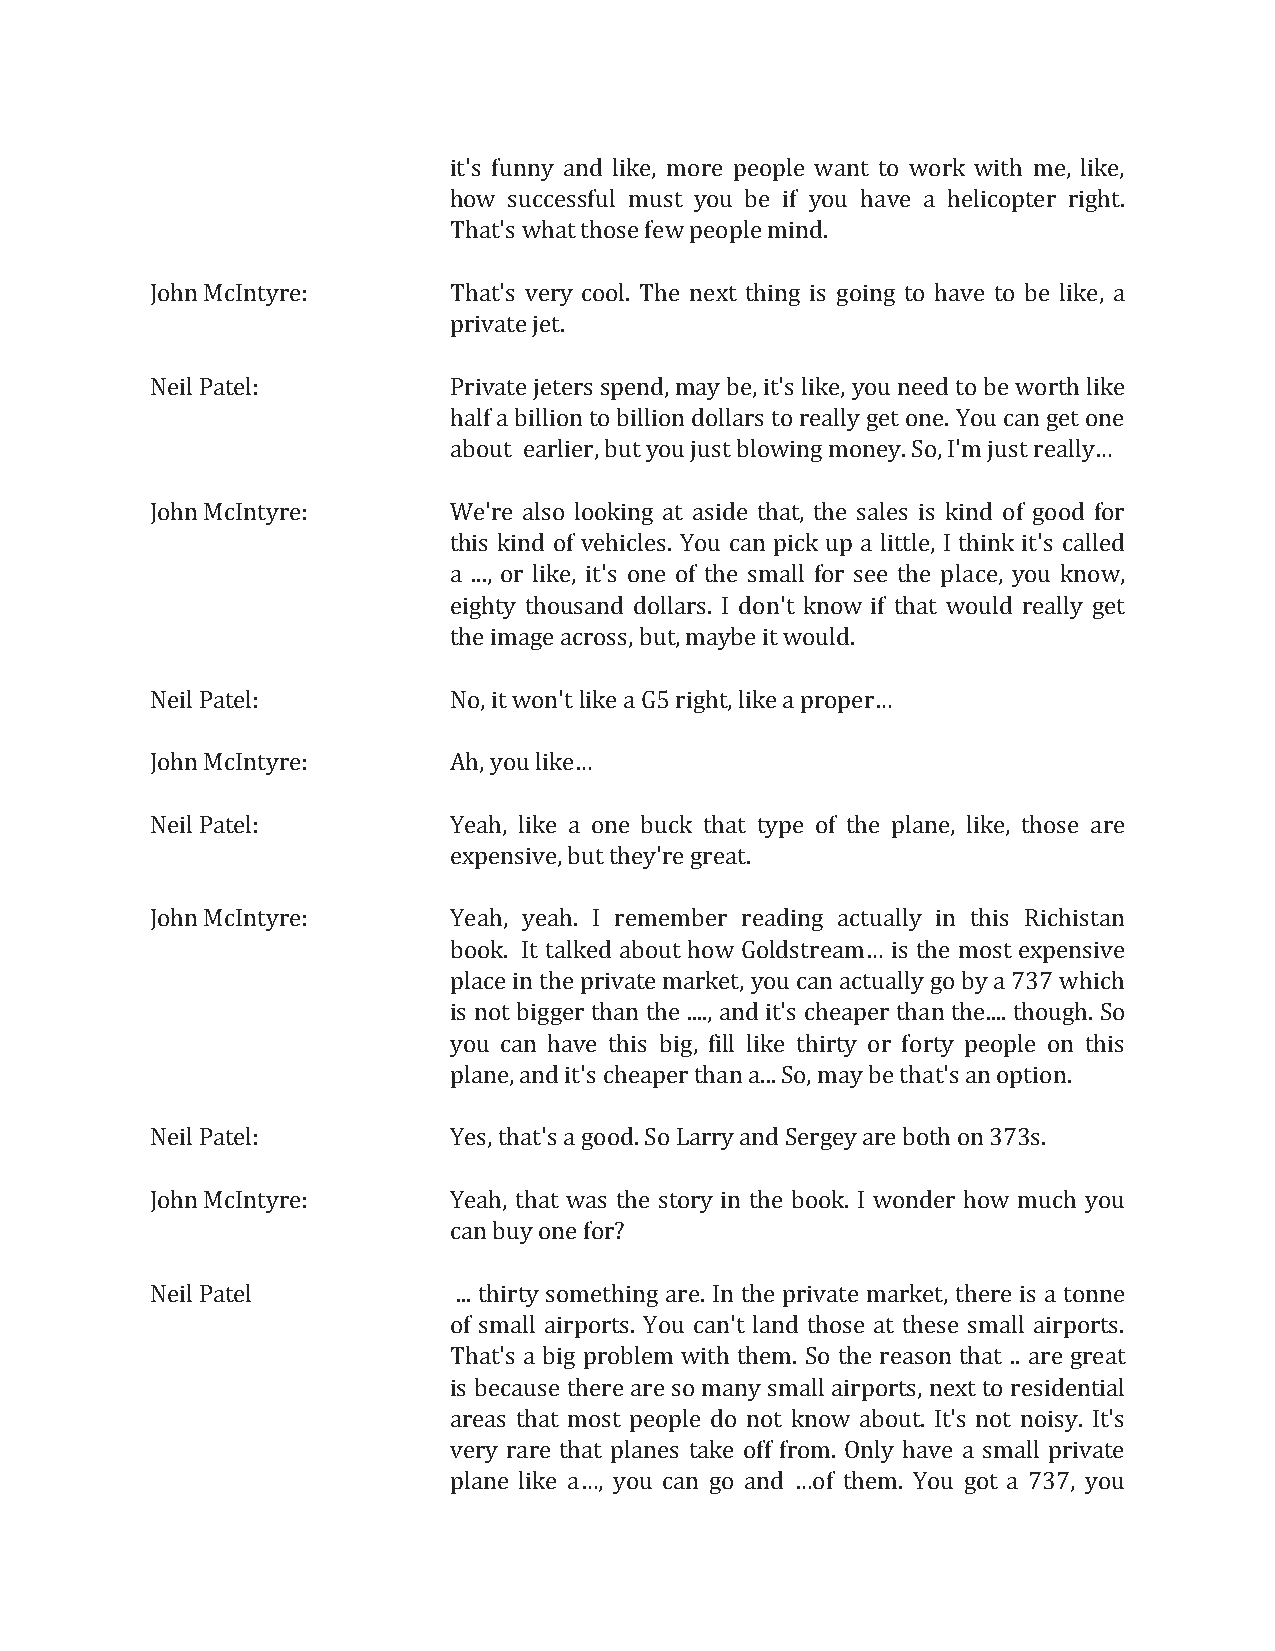
it's funny and like, more people want to work with me, like,
 how successful must you be if you have a helicopter right.
 That's what those few people mind.
 John McIntyre:      That's very cool. The next thing is going to have to be like, a
 private jet.
 Neil Patel:         Private jeters spend, may be, it's like, you need to be worth like
 half a billion to billion dollars to really get one. You can get one
 about earlier, but you just blowing money. So, I'm just really
 …
 John McIntyre:      We're also looking at aside that, the sales is kind of good for
 this kind of vehicles. You can pick up a little, I think it's called
 a ..., or like, it's one of the small for see the place, you know,
 eighty thousand dollars. I don't know if that would really get
 the image across, but, maybe it would.
 Neil Patel:         No, it won't
 like a G5 right, like a proper…
 John McIntyre:      Ah, you like
 …
 Neil Patel:         Yeah, like a one buck that type of the plane, like, those are
 expensive, but they're great.
 John McIntyre:      Yeah, yeah. I remember reading actually in this Richistan
 book. It talked about how Goldstream is the most expensive
 place in the private market, you can actually go by a 737 which
 …
 is not bigger than the ...., and it's cheaper than the.... though. So
 you can have this big, fill like thirty or forty people on this
 plane, and it's cheaper than a... So, may be that's an option.
 Neil Patel:         Yes, that's a good. So Larry and Sergey are both on 373s.
 John McIntyre:      Yeah, that was the story in the book. I wonder how much you
 can buy one for?
 Neil Patel          ... thirty something are. In the private market, there is a tonne
 of small airports. You can't land those at these small airports.
 That's a big problem with them. So the reason that .. are great
 is because there are so many small airports, next to residential
 areas that most people do not know about. It's not noisy. It's
 very rare that planes take off from. Only have a small private
 plane like a , you can go and of them. You got a 737, you
 …              …